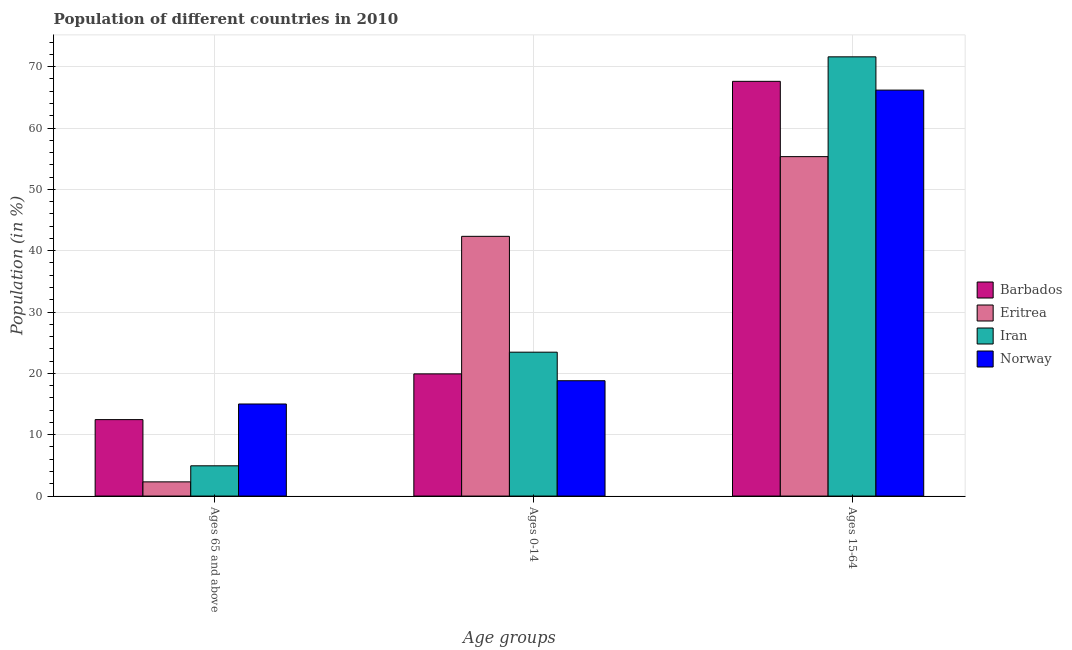
| Age groups | Barbados | Eritrea | Iran | Norway |
 | --- | --- | --- | --- | --- |
 | Ages 65 and above | 12.5 | 2.32 | 4.93 | 15 |
 | Ages 0-14 | 19.9 | 42.3 | 23.5 | 18.8 |
 | Ages 15-64 | 67.6 | 55.3 | 71.6 | 66.2 |